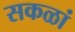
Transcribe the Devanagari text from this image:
सकळां